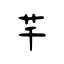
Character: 芊